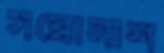
সব্বোনাশ